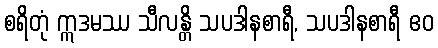
စရိတုံ ဣဒမဿ သီလန္တိ သပဒါနစာရီ, သပဒါနစာရီ ဧဝ